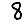
Digit: 8